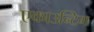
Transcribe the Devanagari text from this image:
एकाउन्टिग